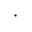
\cdot